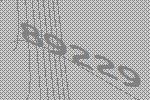
89229